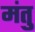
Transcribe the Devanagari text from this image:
मंतु